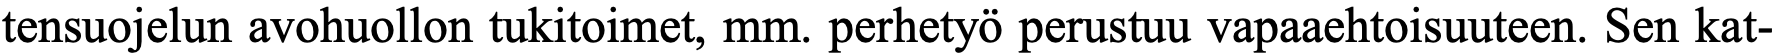
tensuojelun avohuollon tukitoimet, mm. perhetyö perustuu vapaaehtoisuuteen. Sen kat-